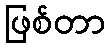
ဖြစ်တာ